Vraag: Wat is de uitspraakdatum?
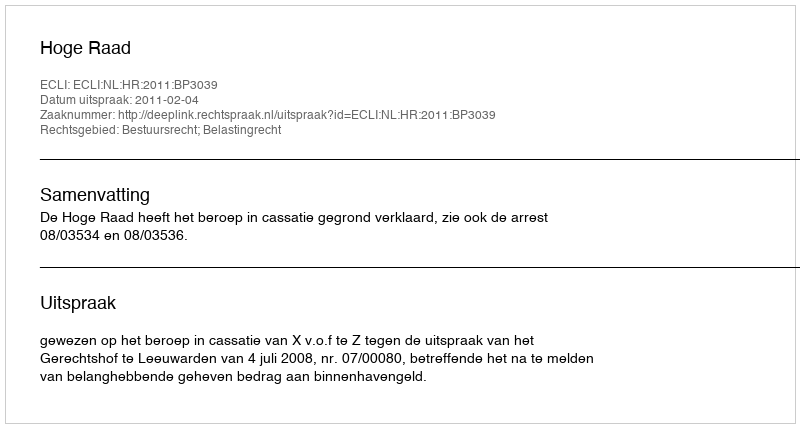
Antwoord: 2011-02-04